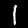
Digit: 1